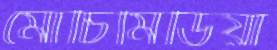
মোচিমিডিয়া